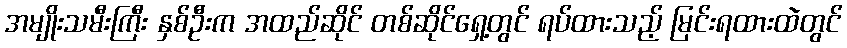
အမျိုးသမီးကြီး နှစ်ဦးက အထည်ဆိုင် တစ်ဆိုင်ရှေ့တွင် ရပ်ထားသည့် မြင်းရထားထဲတွင်